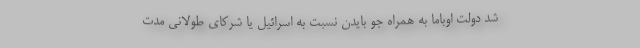
شد دولت اوباما به همراه جو بایدن نسبت به اسرائیل یا شرکای طولانی مدت